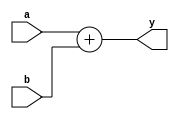
/* fast_adder.v
 * Allow the synthesizer to generate a fast combinational adder.
 */
module fast_adder
#( parameter IN_WIDTH = 8
  , parameter SIGNED   = 1'b1
  )
  ( a
  , b

  , y
  );

  input  wire signed [IN_WIDTH-1 : 0] a;
  input  wire signed [IN_WIDTH-1 : 0] b;

  output wire signed [IN_WIDTH   : 0] y;

  assign y = a + b;

endmodule